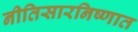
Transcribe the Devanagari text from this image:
नीतिसारनिष्णात